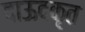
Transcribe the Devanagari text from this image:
दाऊदकृत